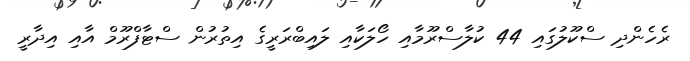
ރެހެންދި ސްކޫލުގައި 44 ކުލާސްރޫމާއި ހޯލަކާއި ލައިބްރަރީގެ އިތުރުން ސްޓާފްރޫމް އާއި އިދާރީ